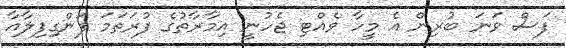
ފަސް ވަނަ ބުރިން އެ މީހާ ވެއްޓި ޖެހުނީ އިމާރާތުގެ ފުރަތަމަ ފަންގިފިލާއާ